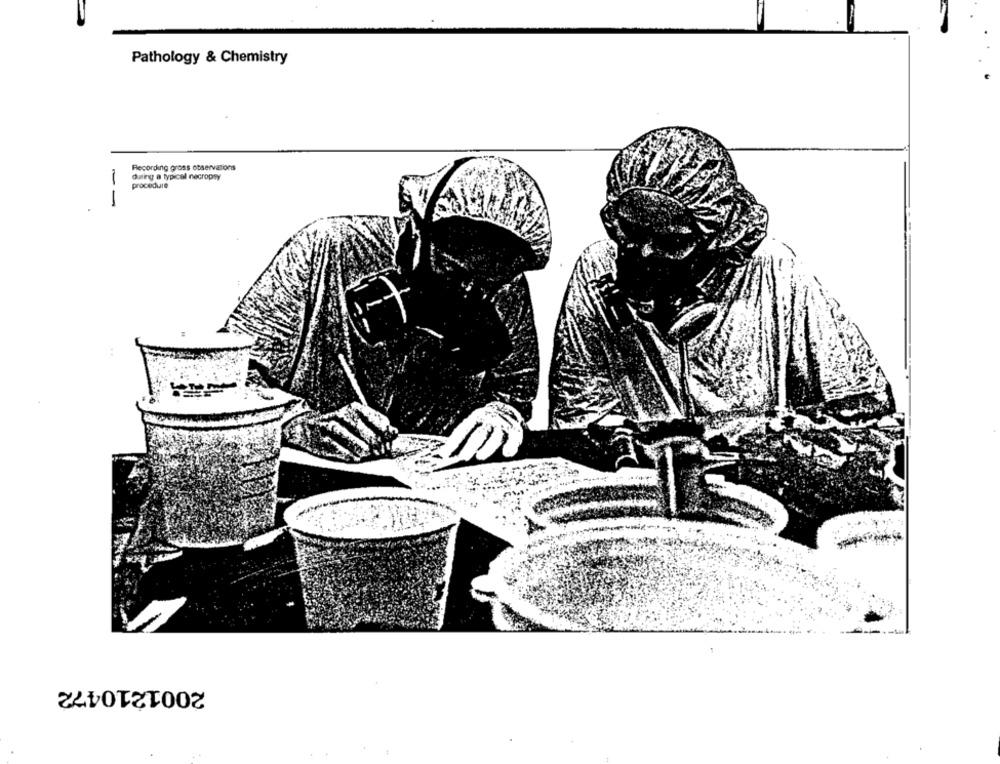
Pathology & Chemistry
Recording gross observations
dung a typical necropsy
-
procedure
2001210472